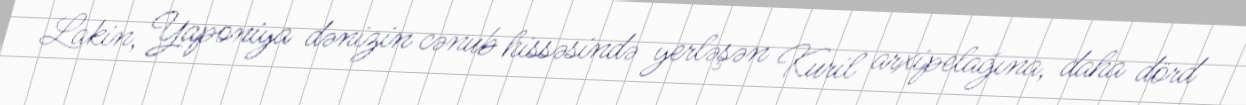
Lakin, Yaponiya dənizin cənub hissəsində yerləşən Kuril arxipelağına, daha dörd